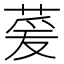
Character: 萲